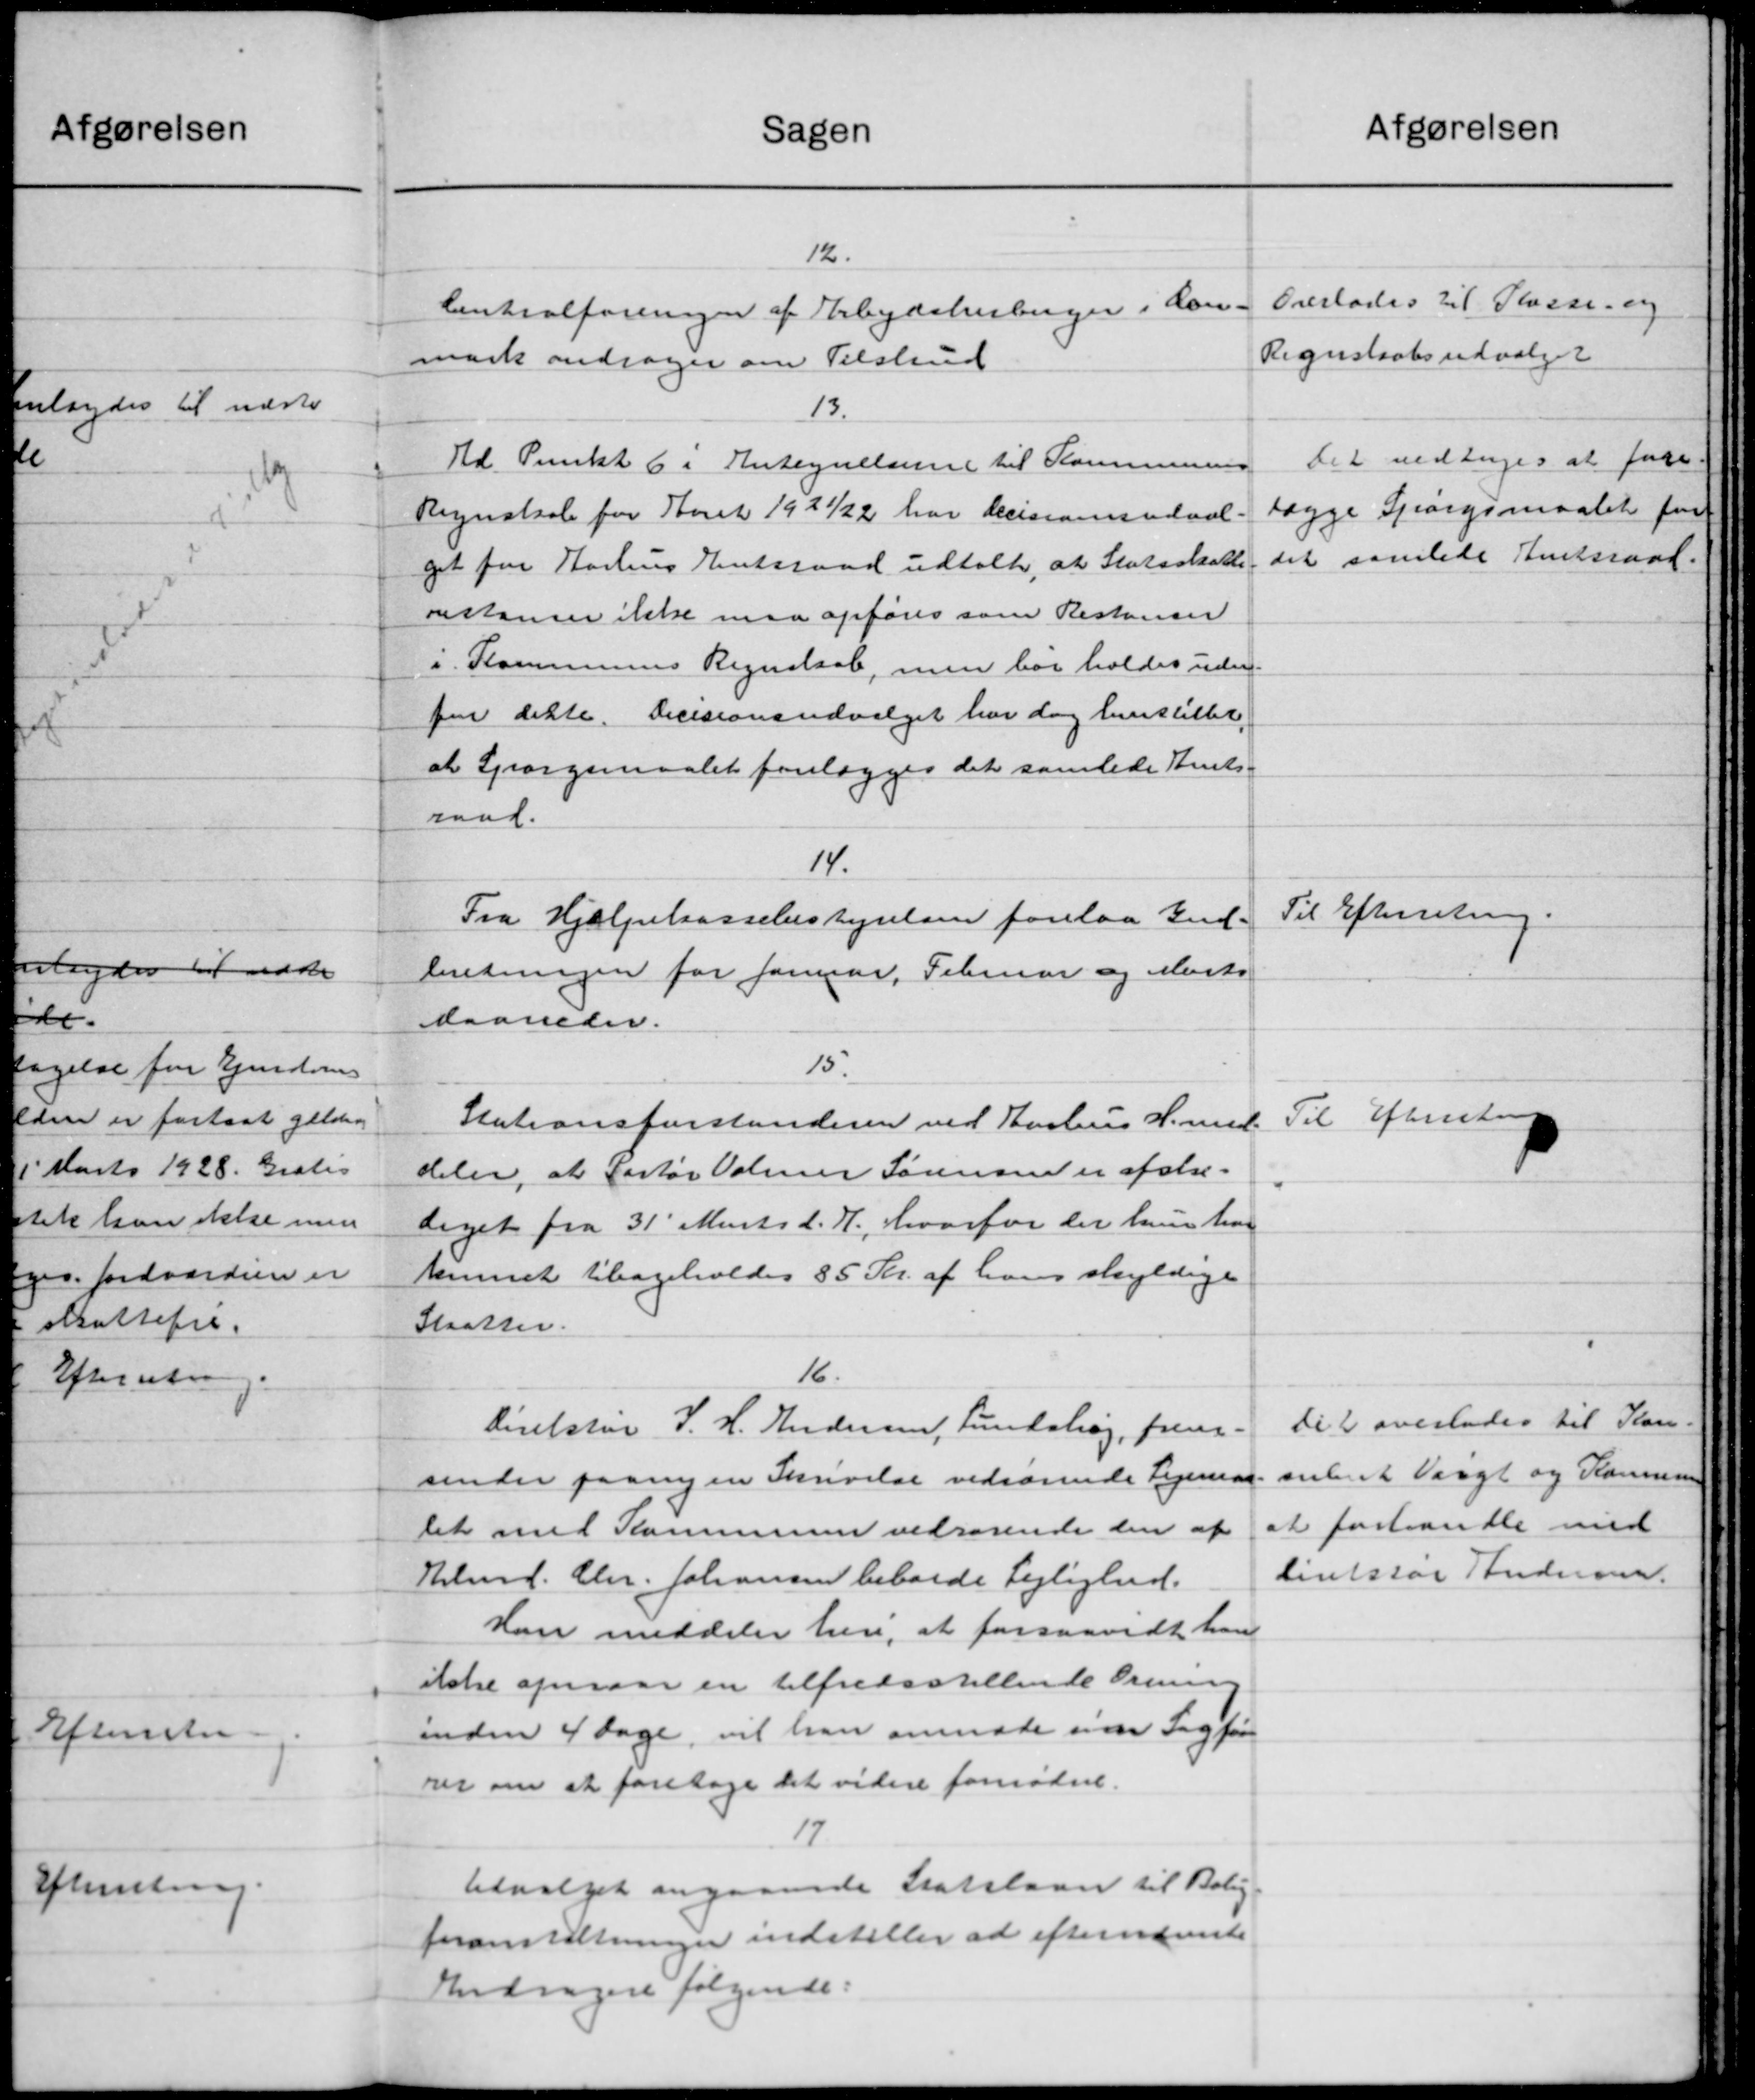
Transskription:
Sagen
12.
Centralforeningen af Arbejdshulinger i Lan
mark andrager om Tilskud
13.
Td Punkt 6 i Entegnelserne til Kommunens
Regnskab for Aaret 1921/22 har Decisionsudval
get for Aarhus Amtsraad udtalte, at Statsskatte
rstancer ikke maa opføres som Restancer
i. Kommunens Regnskab, men har holdes uden
for dette. Decisionsudvalget har dog henstillet
at Spørgsmaalet forelægges det samlede Amts-
raad.
14.
Fra Hjælpekassebestyrelsen forelaa Ind-
beretningen for Januar Februar og Marts
Aaaneder.
15.
Stationsforstanderen ved Aarhus H. med
deler, at Portør Voner Sørensen er afstr-
diget fra 31' Marts d. 7., hvorfor der hun har
temmet tilbageholdes 85 Kr. af hans skyldige
Staatter.
16.
Direktør J. H. Andersen, Lundshøj, frem-
sender paany en Skrivelse vedrørende Legeman
let med Kommunen vedrørende den af
Hlmd. Chr. Johansen beboede Lejlighed.
Han meddeler her, at forsaavidt han
ikke opnaar en tilfredsstillende Oren
inden 4 Dage, vil han anmode sine Sagfør
rer om at foretage det videre fornødne.
17
Udvalget angaaende Statslaan til Bolig
foranstaltninger indstiller at efternævnte
Andragere følgende: